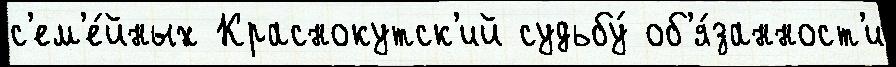
с'ем'е́йных Краснокутск'ий судьбу́ об'я́занност'и